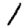
Digit: 1